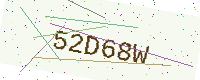
Text: 52D68W